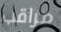
مراقب